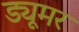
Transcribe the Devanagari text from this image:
ड्यूमर